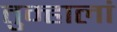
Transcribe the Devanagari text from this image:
तुम्हालां